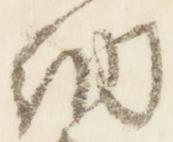
納